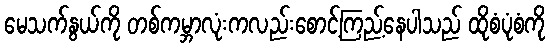
မေသက်နွယ်ကို တစ်ကမ္ဘာလုံးကလည်းစောင့်ကြည့်နေပါသည် ထိုစံပုံစံကို